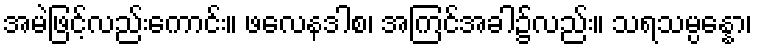
အမဲဖြင့်လည်းကောင်း။ ဖလေနဒါစ၊ အကြင်အခါ၌လည်း။ သရသမ္ပန္နော၊